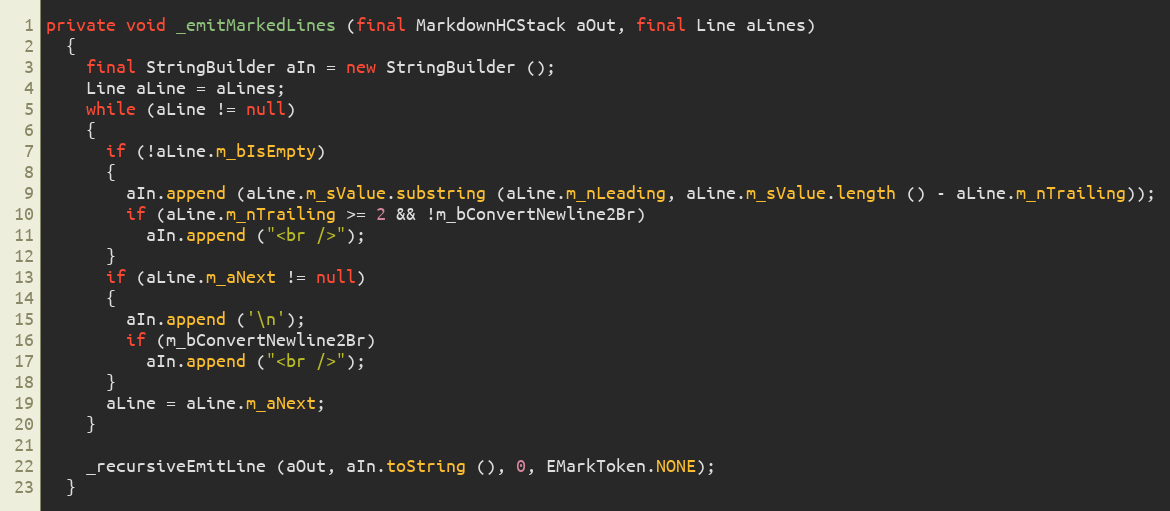
Language: Java
private void _emitMarkedLines (final MarkdownHCStack aOut, final Line aLines)
  {
    final StringBuilder aIn = new StringBuilder ();
    Line aLine = aLines;
    while (aLine != null)
    {
      if (!aLine.m_bIsEmpty)
      {
        aIn.append (aLine.m_sValue.substring (aLine.m_nLeading, aLine.m_sValue.length () - aLine.m_nTrailing));
        if (aLine.m_nTrailing >= 2 && !m_bConvertNewline2Br)
          aIn.append ("<br />");
      }
      if (aLine.m_aNext != null)
      {
        aIn.append ('\n');
        if (m_bConvertNewline2Br)
          aIn.append ("<br />");
      }
      aLine = aLine.m_aNext;
    }

    _recursiveEmitLine (aOut, aIn.toString (), 0, EMarkToken.NONE);
  }